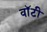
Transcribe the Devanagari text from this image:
वाॅटी